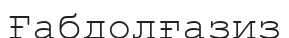
Ғабдолғазиз